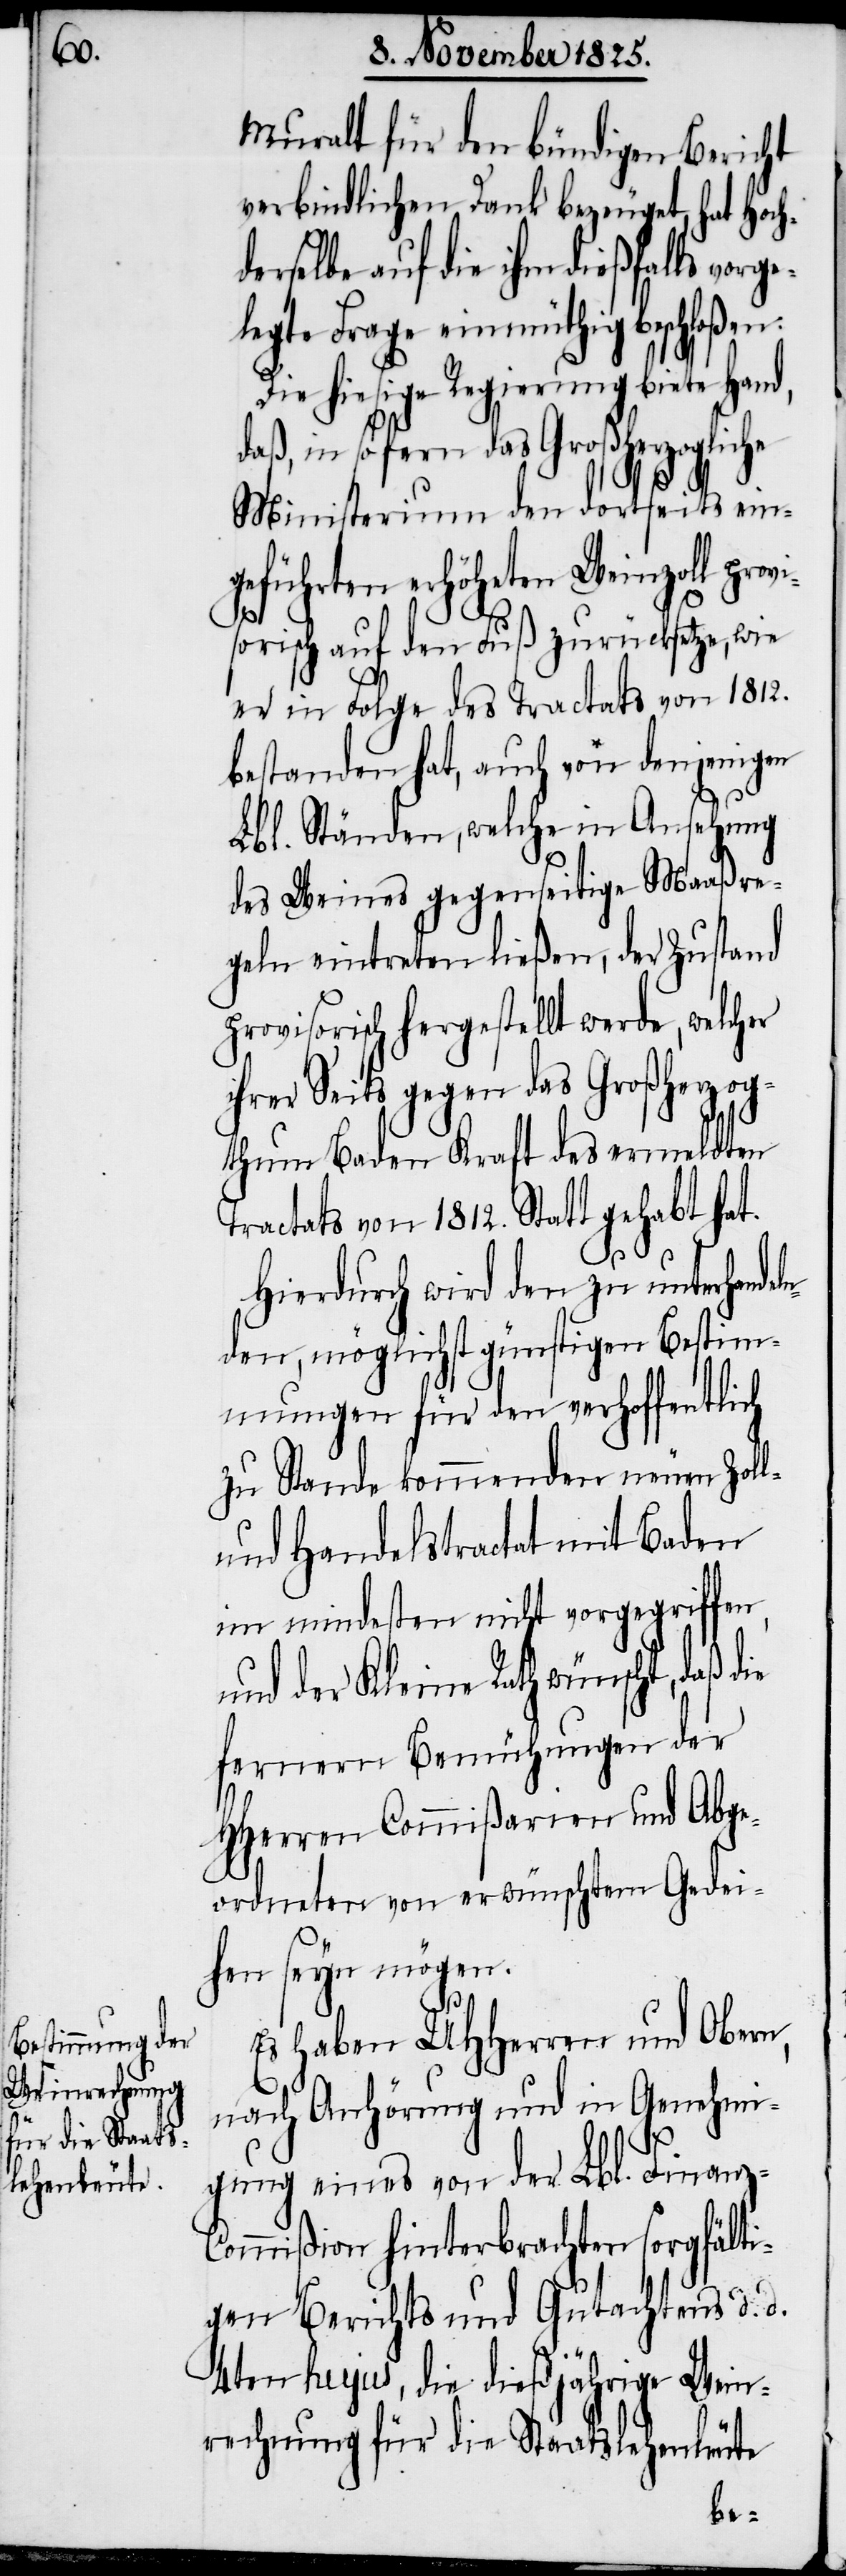
Muralt für den bündigen Bericht
verbindlichen Dank bezeugt, hat Hoch¬
elbe auf die ihm dießfalls vorg¬
legte Frage einmüthig beschloßen:
Die hiesige Regierung biete Hand,
in sofern das Großherzogliche
Ministerium den dortseits ein¬
geführten erhöheten Weinzoll provi¬
eln¬
sorisch auf den Fuß zurücksetze, wie
er in Folge des Tractats von 1812.
bestanden hat, auch von denjenigen
Lbl. Ständen, welche in Ansehung
des Weines gegenseitige Maaßre¬
geln eintreten ließen, der Zustand
provisorisch hergestellt werde, welcher
ihrer Seits gegen das Großherzog¬
thum Baden Kraft des ermeldten
Tractats von 1812. Statt gehabt hat.
Hierdurch wird den zu unterhand¬
den, möglichst günstigen Bestim¬
mungen für den verhoffentlich
zu Stande kommenden neuen Zoll-
und Handelstractat mit Baden
im mindesten nicht vorgegriffen,
und der Kleine Rath wünscht, daß die
fernern Bemühungen der
HHerren Commißarien und Abge¬
ordneten von erwünschtem Gedei¬
hen seyn mögen.
Es haben UHHerren und Obern,
nach Anhörung und in Genehmi¬
gung eines von der Lbl. Finanz-C¬
ommißion hinterbrachten sorgfälti¬
gen Berichts und Gutachtens d. d.
4ten hujus, die dießjährige Wein¬
rechnung für die Staatslehnhütte
e¬